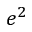
e { ^ 2 }